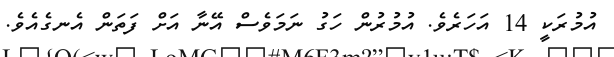
އުމުރަކީ 14 އަހަރެވެ. އުމުރުން ހަގު ނަމަވެސް އޭނާ އަށް ފަތަން އެނގެއެވެ.